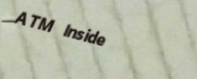
ATM Inside